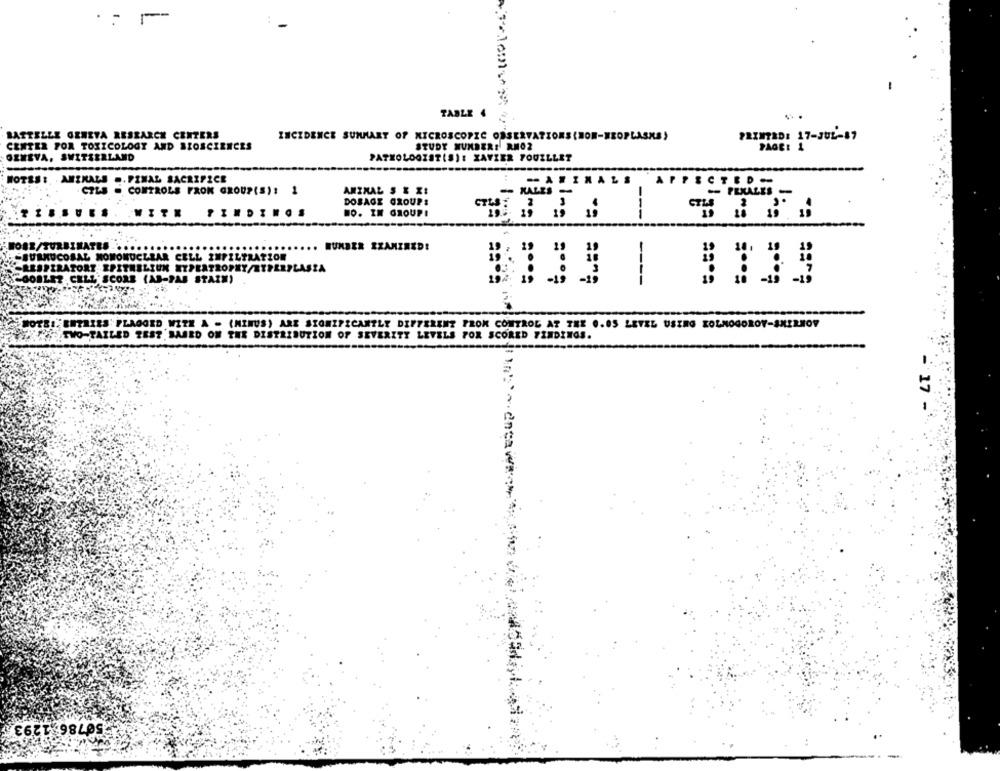
TABLE 4
BATTELLE GENEVA RESEARCH CENTERS
INCIDENCE SUMMARY OF MICROSCOPIC OBSERVATIONS (NON-NEOPLASKS)
PRINTED: 17-JUL-87
CENTER FOR TOXICOLOGY AND BIOSCIENCES
STUDY NUMBER: RMOZ
GENEVA, SWITZERLAND
PATHOLOGISTİSİ: XAVIER FOUZLLET
NOTES: . ANIMALS .. FINAL SACRIFICE
MARINALS
AFFECTED
CTLS - CONTROLS FRON GROUP(S)! 1
ANIMAL S & XI
- PERALES
!
DOSAGE GROUPS
PINDINOS
DO. IN GROUP!
i
5.55
TURBINATE. .....
HUMBER EXAMINED!
MUCOSAL MONONUCLEAR CELL INFILTRATION
PIRATORY EPITHELIUM EZPEATROPHY/TERERPŁASZA
..
2. CELL" SCORE (AS-PAS STAIM)
----
NOTE:" ENTRIES' FLAGGED WITH A - (MINUS) ARE SIGNIFICANTLY DIFFERENT FROM CONTROL AT THE 0.05 LEVEL USING KOLMOGOROY-SMIRNOV
TWO-TAILED TEST BASED ON THE DISTRIBUTION OF SEVERITY LEVELS FOR SCORED FINDINGS.
17 .
50786 1293